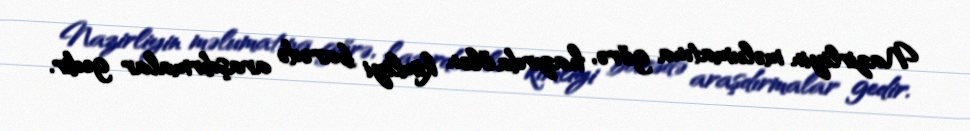
Nazirliyin məlumatına görə, hazırda ölən kimliyi barədə araşdırmalar gedir.